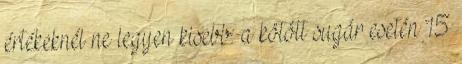
értékeknél ne legyen kisebb: a kötött sugár esetén 15